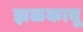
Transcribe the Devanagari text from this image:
झळकावू